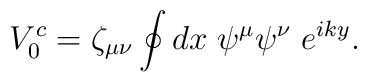
V^c_0=  \zeta_{\mu\nu}\oint dx \;\psi^\mu\psi^\nu\; e^{iky}.